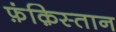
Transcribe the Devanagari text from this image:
फ़ंक़िस्तान